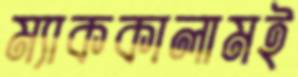
ম্যাককালামই